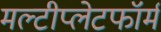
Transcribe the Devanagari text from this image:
मल्टीप्लेटफॉर्म